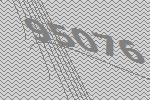
95076